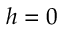
h = 0